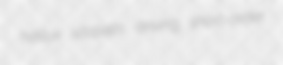
hallux utopists driving short-order